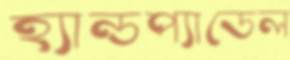
হ্যান্ডপ্যাডেল